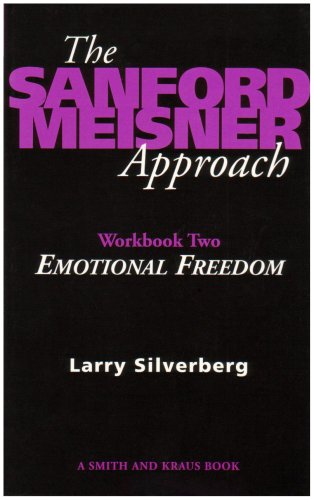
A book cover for The Sanford Meisner Approach Workbook II : Emotional Freedom; Larry Silverberg; Humor & Entertainment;